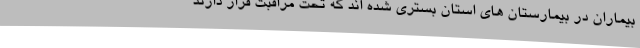
بیماران در بیمارستان های استان بستری شده اند که تحت مراقبت قرار دارند